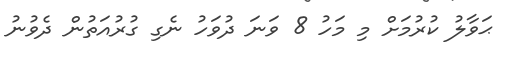
ޙަވާލު ކުރުމަށް މި މަހު 8 ވަނަ ދުވަހު ނެގި ގުރުއަތުން ދެވުނު